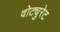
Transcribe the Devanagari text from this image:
वोट्युरेट